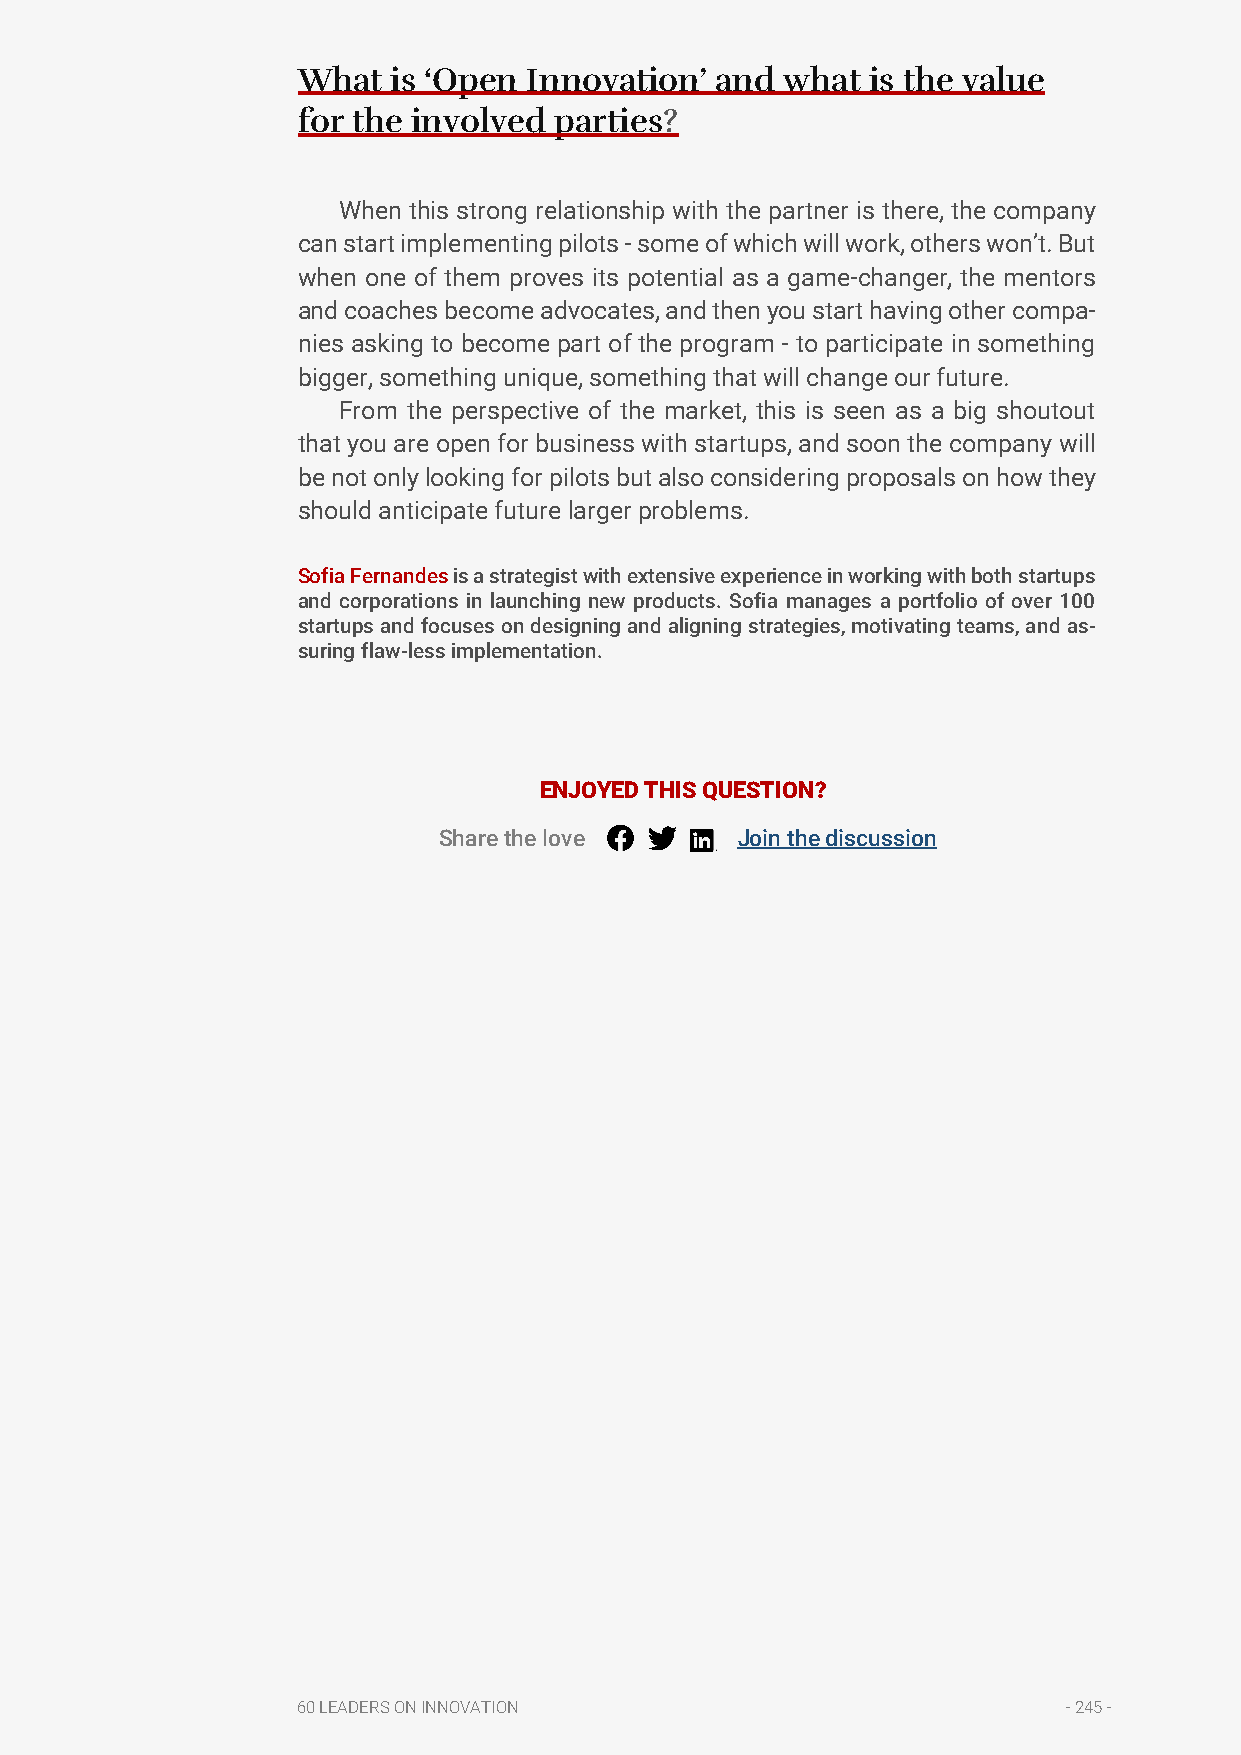
What  is ‘Open Innovation’ and  what  is the value
 for the involved parties?
 When this strong relationship with the partner is there, the company
 can start implementing pilots - some of which will work, others won’t. But
 when one of them proves its potential as a game-changer, the mentors
 and coaches become advocates, and then you start having other compa-
 nies asking to become part of the program - to participate in something
 bigger, something unique, something that will change our future.
 From the perspective of the market, this is seen as a big shoutout
 that you are open for business with startups, and soon the company will
 be not only looking for pilots but also considering proposals on how they
 should anticipate future larger problems.
 Sofia Fernandes is a strategist with extensive experience in working with both startups
 and corporations in launching new products. Sofia manages a portfolio of over 100
 startups and focuses on designing and aligning strategies, motivating teams, and as-
 suring flaw-less implementation.
 ENJOYED THIS QUESTION?
 Share the love      Join the discussion
 60 LEADERS ON INNOVATION                           - 245 -